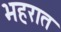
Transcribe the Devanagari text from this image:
भहरात